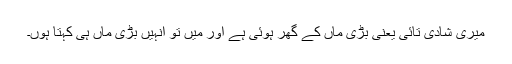
میری شادی تائی یعنی بڑی ماں کے گھر ہوئی ہے اور میں تو انہیں بڑی ماں ہی کہتا ہوں۔